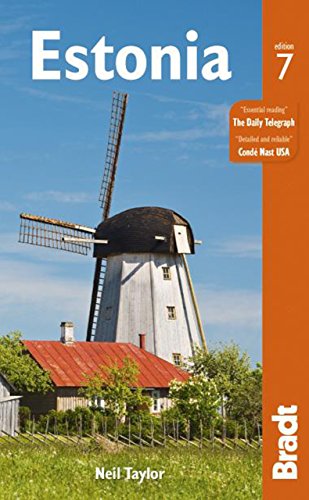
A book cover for Estonia (Bradt Travel Guide Estonia); Neil Taylor; Travel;